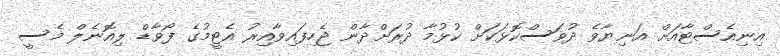
އިނިއެސްޓާއަށް އަނިޔާވެ ދުވަސްކޮޅަކަށް ކުޅުމާ ދުރަށްދާން ޖެހިފައިވާއިރު އެޓީމުގެ ފޯވާޑް ލިއޮނެލް މެސީ